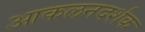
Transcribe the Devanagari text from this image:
आकलनदर्शक